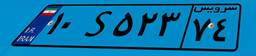
۰۳S۴۶۸۷۳